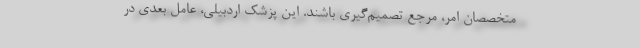
متخصصان امر، مرجع تصمیم‌گیری باشند. این پزشک اردبیلی، عامل بعدی در